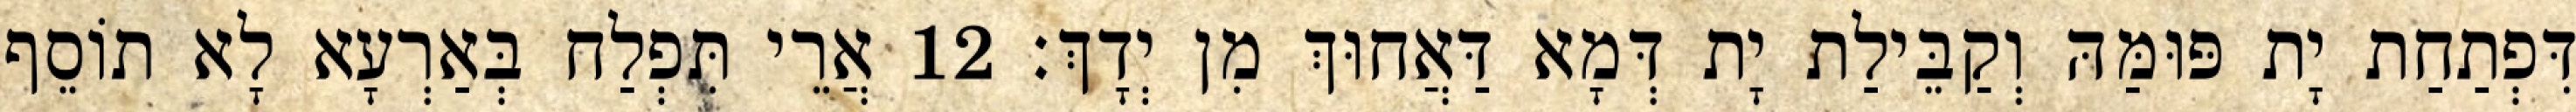
דִּפְתַחַת יָת פּוּמַּהּ וְקַבֵּילַת יָת דְּמָא דַּאֲחוּךְ מִן יְדָךְ׃ 12 אֲרֵי תִּפְלַח בְּאַרְעָא לָא תוֹסֵף